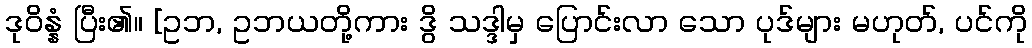
ဒုဝိန္နံ ပြီး၏။ [ဥဘ, ဥဘယတို့ကား ဒွိ သဒ္ဒါမှ ပြောင်းလာ သော ပုဒ်များ မဟုတ်, ပင်ကို